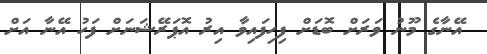
އޭނާގެ މޫނު ވަރަށް ބޮޑަށް ފިހިފައިވާ އިރު އޮޕަރޭޝަނަށް ފަހު އޭނާ އަށް